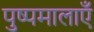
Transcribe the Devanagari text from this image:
पुष्पमालाएँ